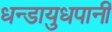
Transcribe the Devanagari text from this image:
धन्डायुधपानी